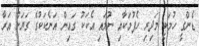
ޑެންގީ ހުމަކީ މަދިރި ހެފުމަކާއި ނުލައި އެކަކު ގައިން އަނެކަކުގެ ގަޔަށް އަރާ